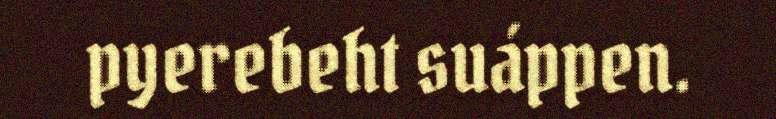
pyerebeht suáppen.